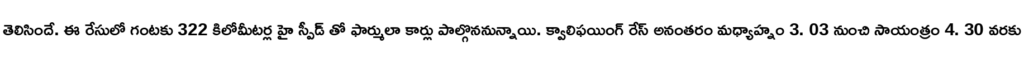
తెలిసిందే. ఈ రేసులో గంటకు 322 కిలోమీటర్ల హై స్పీడ్ తో ఫార్ములా కార్లు పాల్గొననున్నాయి. క్వాలిఫయింగ్ రేస్ అనంతరం మధ్యాహ్నం 3. 03 నుంచి సాయంత్రం 4. 30 వరకు